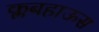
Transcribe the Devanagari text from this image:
क्लबहाऊस